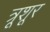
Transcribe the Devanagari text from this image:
त्रूशूर